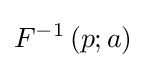
F^{-1}\left(p;a\right)